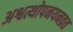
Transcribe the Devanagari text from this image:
अश्वत्थोपनयनव्रत